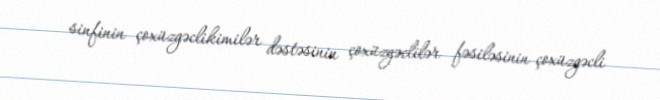
sinfinin çoxüzgəclikimilər dəstəsinin çoxüzgəclilər fəsiləsinin çoxüzgəcli